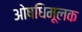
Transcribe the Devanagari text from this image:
ओषधिमूलक